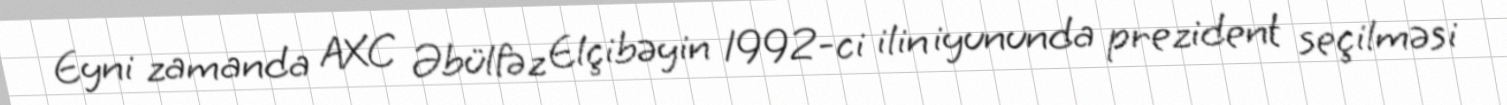
Eyni zamanda AXC Əbülfəz Elçibəyin 1992-ci ilin iyununda prezident seçilməsi